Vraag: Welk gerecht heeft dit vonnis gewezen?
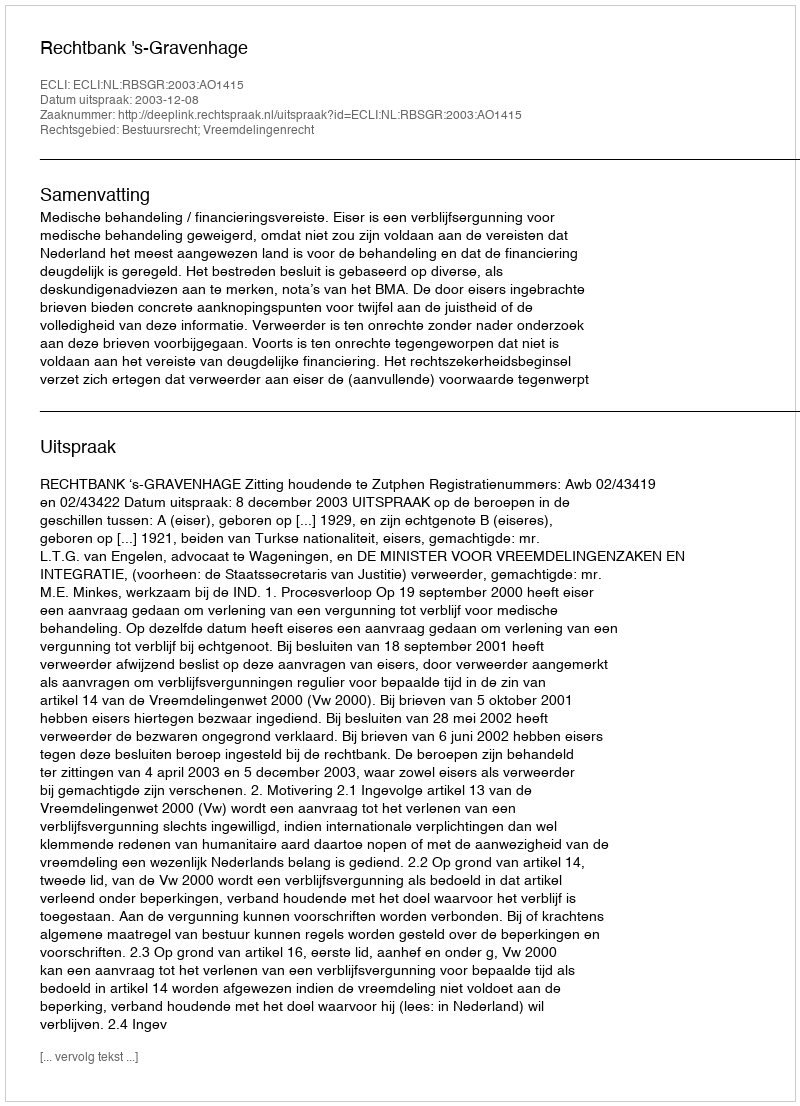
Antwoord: Rechtbank 's-Gravenhage